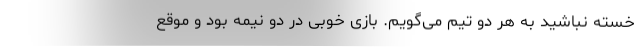
خسته نباشید به هر دو تیم می‌گویم. بازی خوبی در دو نیمه بود و موقع